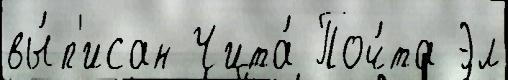
вы́п'исан Чита́ Поч́та Эл